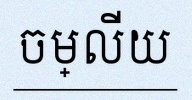
ចម្លើយ